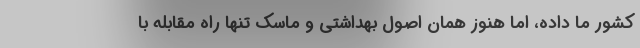
کشور ما داده، اما هنوز همان اصول بهداشتی و ماسک تنها راه مقابله با